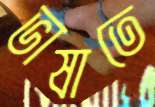
ভাষাতে